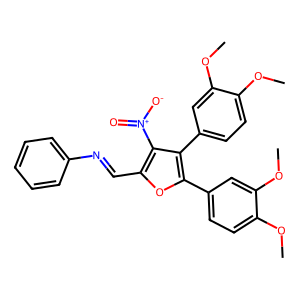
SMILES: COc1ccc(-c2oc(C=Nc3ccccc3)c([N+](=O)[O-])c2-c2ccc(OC)c(OC)c2)cc1OC
Inhibits HIV replication: No